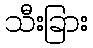
သီးခြား